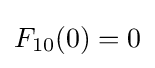
F_{10}(0)=0